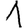
Digit: 1